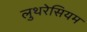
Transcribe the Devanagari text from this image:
लुथरेसियम